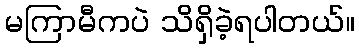
မကြာမီကပဲ သိရှိခဲ့ရပါတယ်။